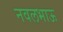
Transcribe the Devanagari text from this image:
नवलभाऊ